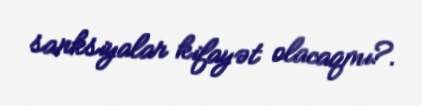
sanksiyalar kifayət olacaqmı?.